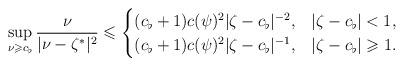
LaTeX: \begin{align*}\sup \limits _{\nu \geqslant c_\flat}\frac{\nu}{\vert \nu -\zeta ^* \vert^2}\leqslant \begin{cases}(c_\flat +1)c(\psi)^2\vert \zeta -c_\flat \vert ^{-2}, &\vert \zeta -c_\flat \vert <1,\\(c_\flat +1)c(\psi)^2\vert \zeta -c_\flat \vert ^{-1},&\vert \zeta -c_\flat\vert \geqslant 1.\end{cases}\end{align*}